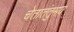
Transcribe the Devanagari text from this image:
चेतातंतुमय